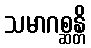
သမာဂစ္ဆန္တိ